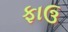
ફાઉ